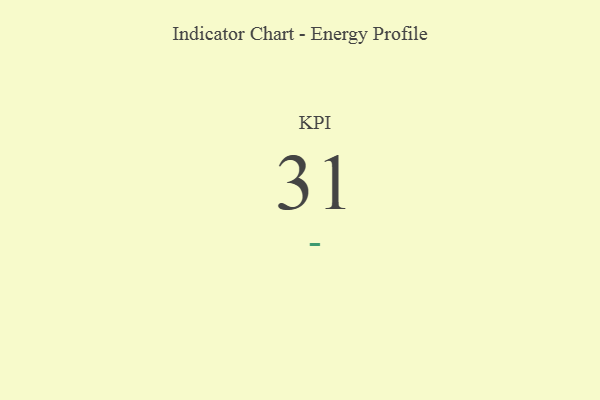
{"axis": {"x": "KPI", "y": "Value"}, "legend": [""], "data": [{"x": "KPI", "y": 31, "type": ""}]}